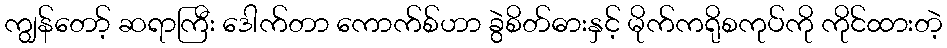
ကျွန်တော့် ဆရာကြီး ဒေါက်တာ ကောက်စ်ဟာ ခွဲစိတ်ဓားနှင့် မိုက်ကရိုစကုပ်ကို ကိုင်ထားတဲ့